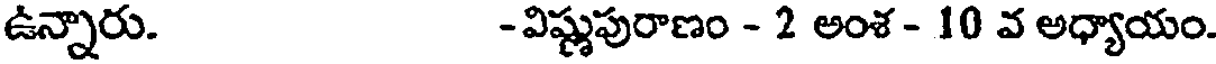
ఉన్నారు. - విష్ణుపురాణం - 2 అంశ - 10 వ అధ్యాయం.